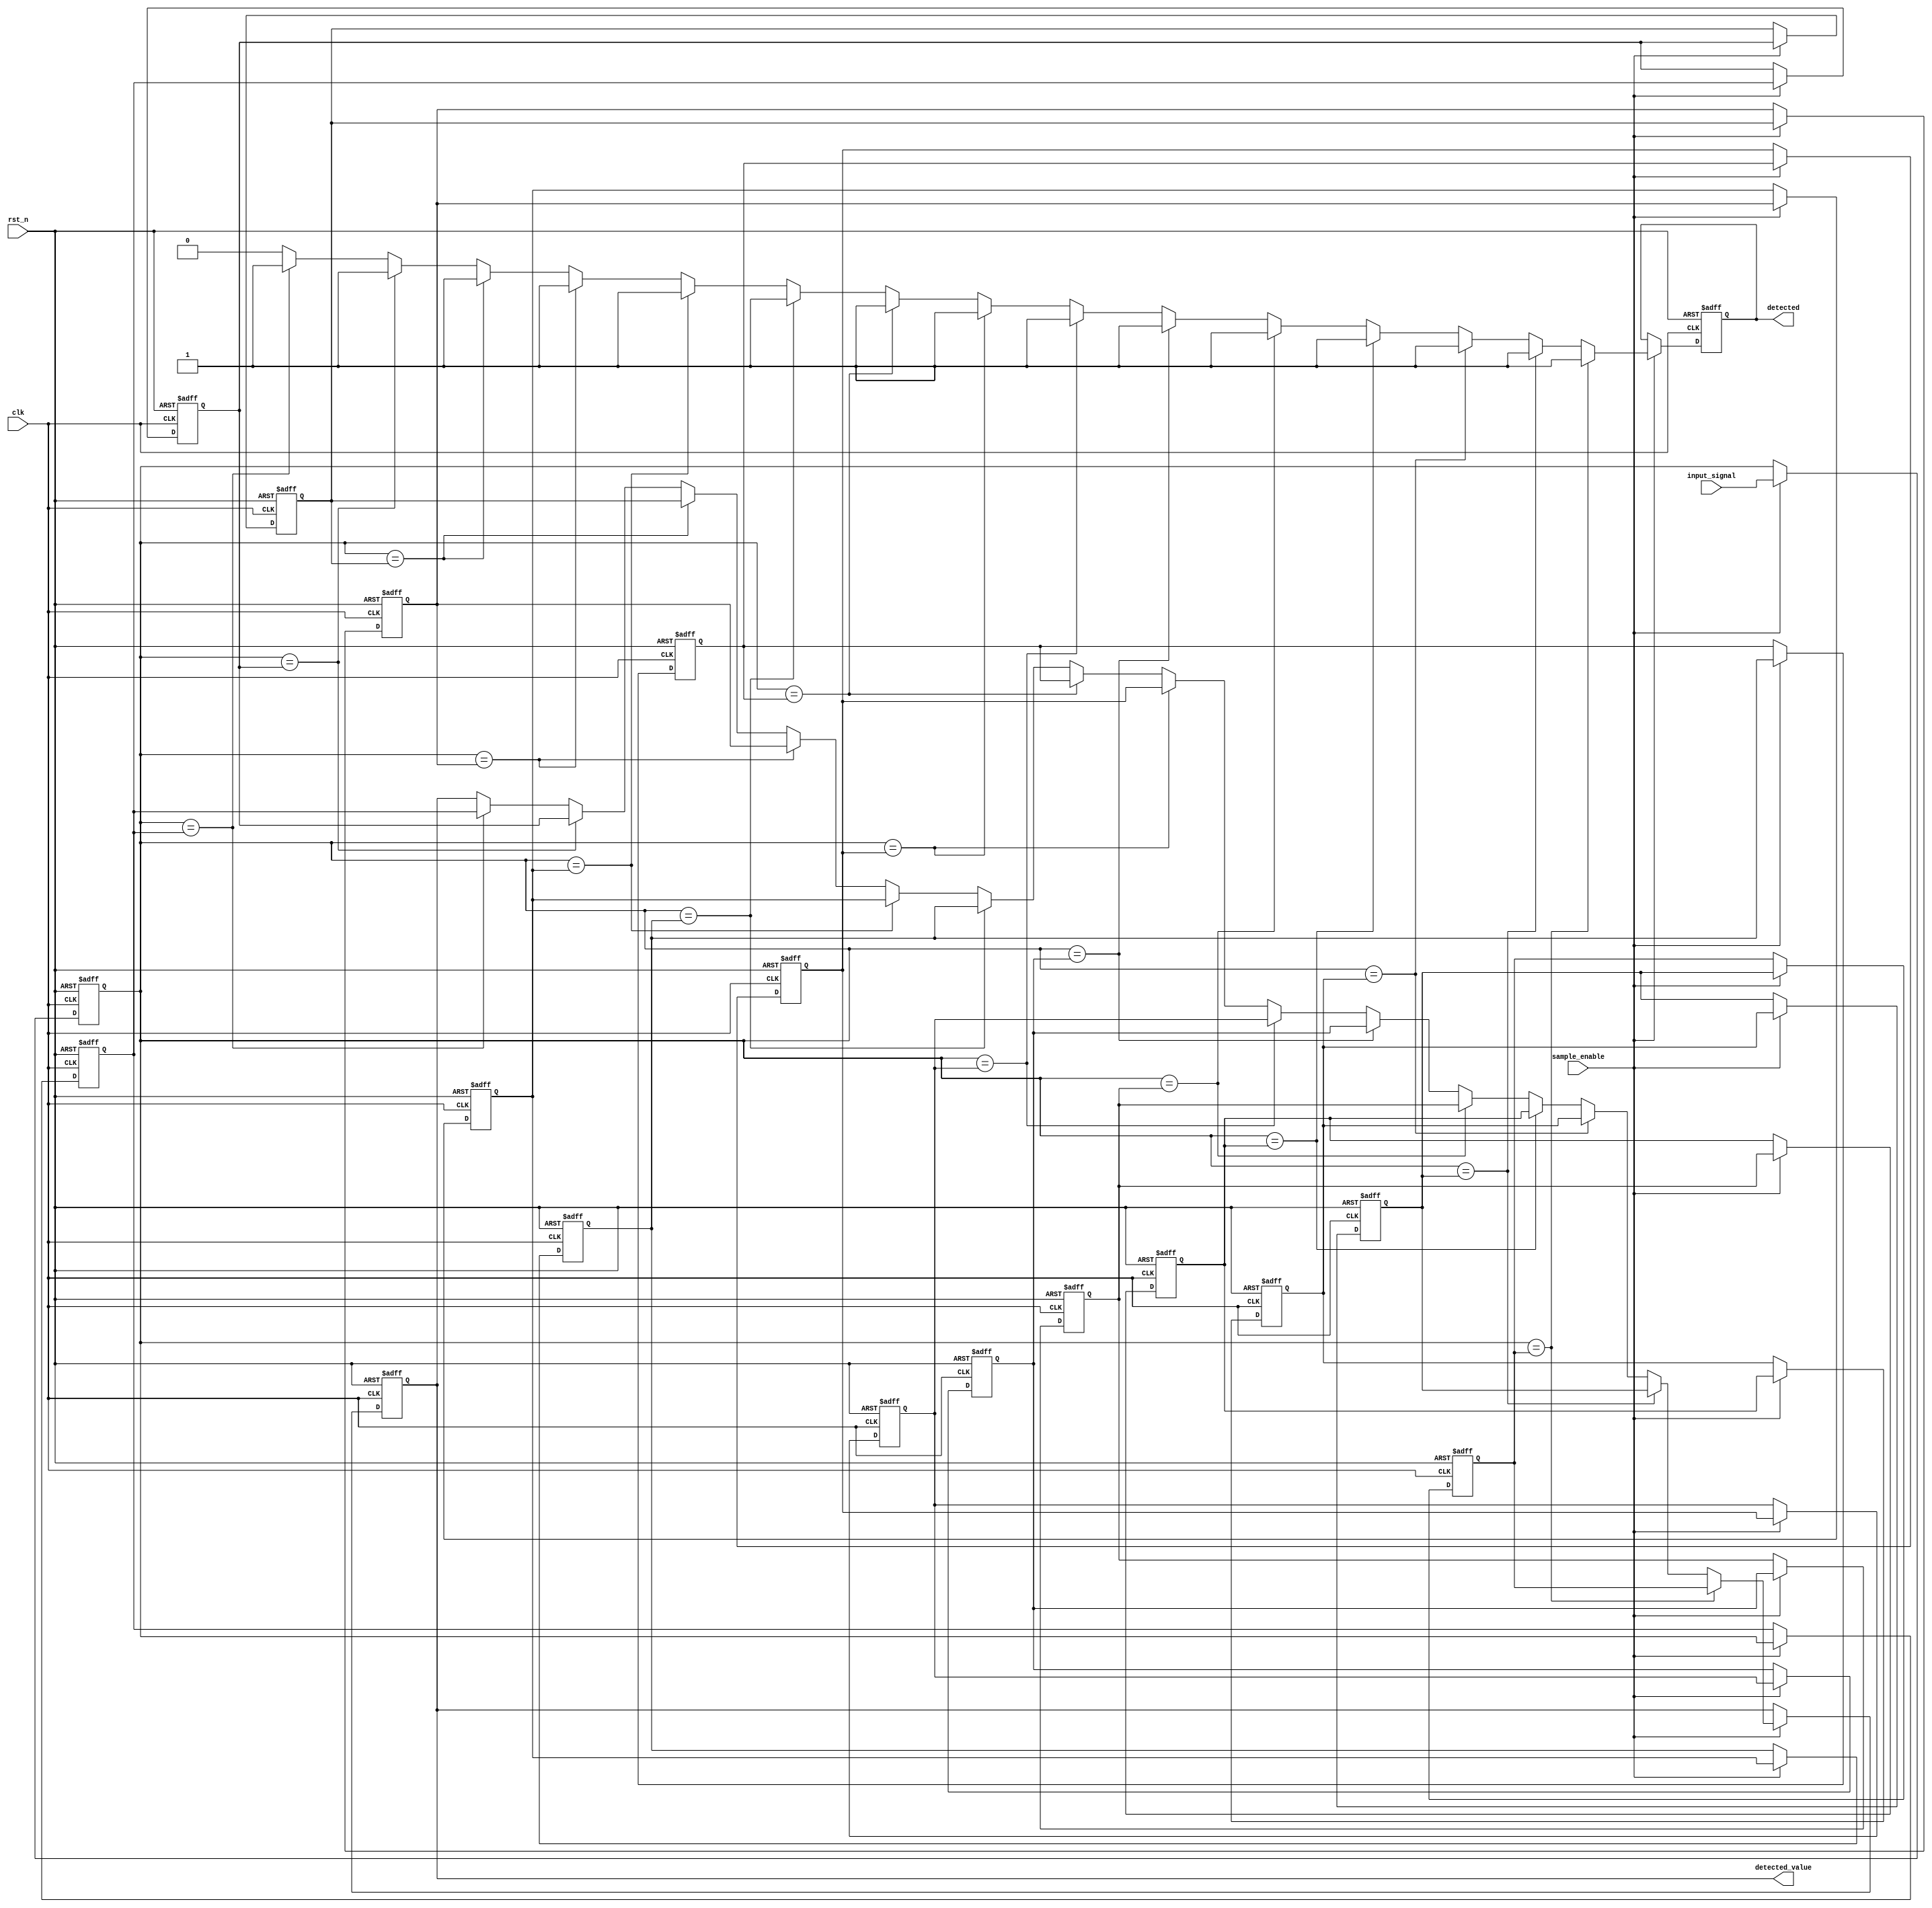
module sampling_delay_line_detector #(
    parameter DATA_WIDTH = 8,      // Width of the input data
    parameter NUM_SAMPLES = 16,     // Number of memory blocks in the delay line
    parameter SAMPLE_RATE = 10       // Sampling rate (in Hz, for example)
)(
    input wire clk,                 // System clock
    input wire rst_n,               // Active low reset
    input wire sample_enable,        // Signal to enable sampling
    input wire [DATA_WIDTH-1:0] input_signal, // Input signal to sample
    output reg detected,            // Detection output signal
    output reg [DATA_WIDTH-1:0] detected_value // Detected value output
);

// Memory blocks to store the samples
reg [DATA_WIDTH-1:0] memory [0:NUM_SAMPLES-1];
reg [NUM_SAMPLES-1:0] match_flags; // Flags for matches
integer i;

// Control logic
always @(posedge clk or negedge rst_n) begin
    if (!rst_n) begin
        // Reset all memory blocks and flags
        for (i = 0; i < NUM_SAMPLES; i = i + 1) begin
            memory[i] <= 0;
        end
        detected <= 0;
        detected_value <= 0;
        match_flags <= 0;
    end else if (sample_enable) begin
        // Shift memory blocks to introduce delay
        for (i = NUM_SAMPLES-1; i > 0; i = i - 1) begin
            memory[i] <= memory[i-1];
        end
        // Store the new sample in the first memory block
        memory[0] <= input_signal;

        // Clear match flags
        match_flags <= 0;
        detected <= 0;

        // Compare current sample against delayed samples
        for (i = 1; i < NUM_SAMPLES; i = i + 1) begin
            if (memory[0] == memory[i]) begin
                match_flags[i] <= 1; // Set flag if match is found
                detected <= 1; // Set detected signal
                detected_value <= memory[i]; // Store the detected value
            end
        end
    end
end

endmodule